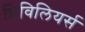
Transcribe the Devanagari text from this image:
डिविलियर्स